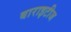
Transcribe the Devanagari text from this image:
बाराइटीज